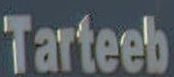
Tarteeb